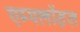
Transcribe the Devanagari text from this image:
एम्पलॉइज़